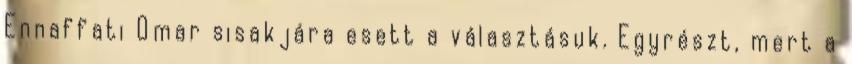
Ennaffati Omar sisakjára esett a választásuk. Egyrészt, mert a